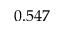
0 . 5 4 7